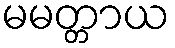
မမတ္တာယ